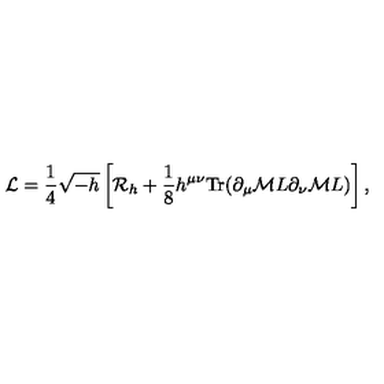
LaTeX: { \cal L } = { \frac { 1 } { 4 } } \sqrt { - h } \left[ { \cal R } _ { h } + { \frac { 1 } { 8 } } h ^ { \mu \nu } \mathrm { T r } ( \partial _ { \mu } { \cal M } L \partial _ { \nu } { \cal M } L ) \right] ,